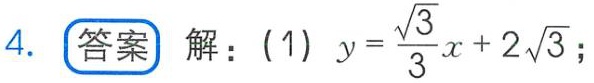
4. **答案** 解：(1) \(y = \frac{\sqrt{3}}{3}x + 2\sqrt{3}\)；